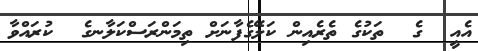
އެއީ  ގެ  ތަކުގެ ތެރެއިން ކަލޭގެފާނަށް ތިމަންރަސްކަލާނގެ  ކުރައްވާ